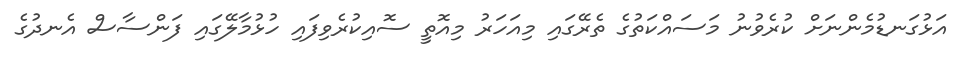
އަޅުގަނޑުމެންނަށް ކުރެވުނު މަސައްކަތުގެ ތެރޭގައި މިއަހަރު މިއޮތީ ސޮއިކުރެވިފައި ހުޅުމާލޭގައި ފަންސާސް އެނދުގެ